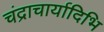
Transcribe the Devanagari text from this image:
चंद्राचार्यादिभि